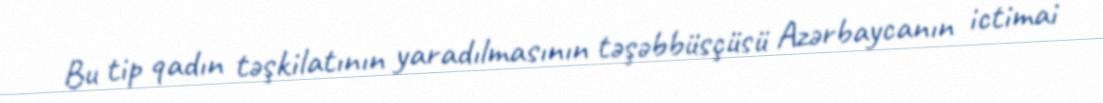
Bu tip qadın təşkilatının yaradılmasının təşəbbüsçüsü Azərbaycanın ictimai